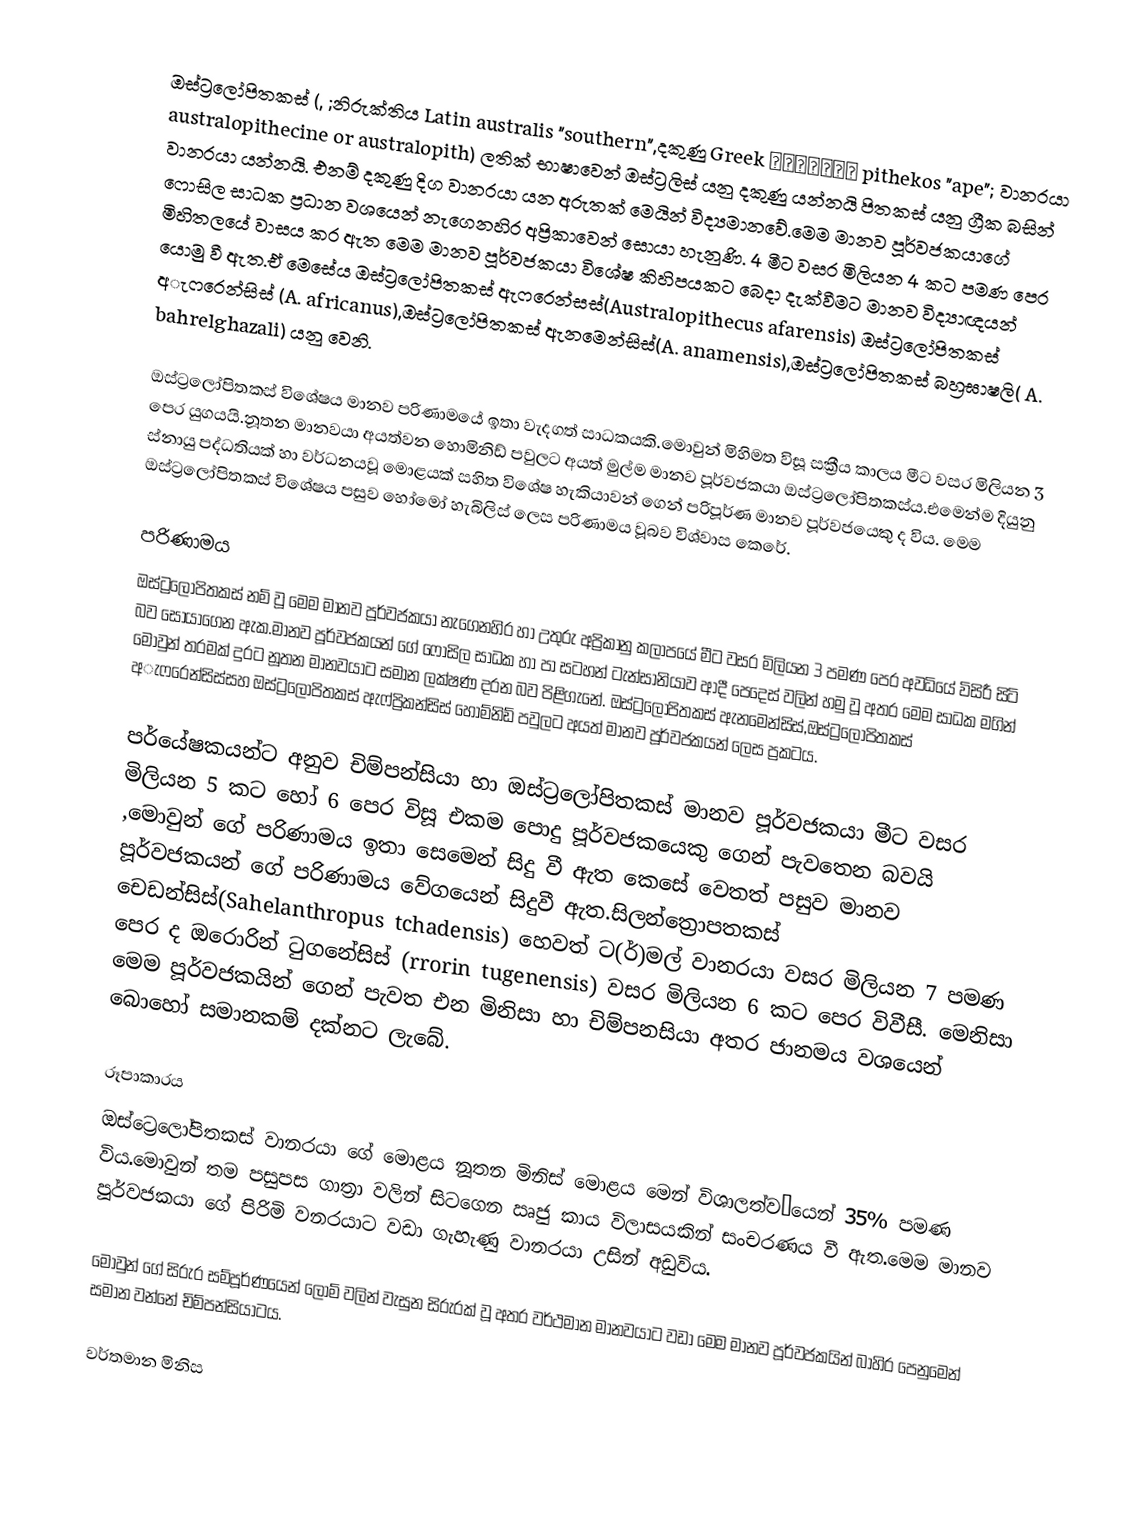
ඔස්ට්‍රලෝපිතකස්  (, ;නිරුක්තිය Latin australis "southern",දකුණු Greek πίθηκος pithekos "ape"; වානරයා australopithecine or australopith) ලතික් භාෂාවෙන් ඔස්ට්‍රලිස් යනු දකුණු යන්නයි  පිතකස් යනු ග්‍රීක බසින් වානරයා යන්නයි. එනම් දකුණු දිග වානරයා යන අරුතක් මෙයින් විද්‍යමානවේ.මෙම මානව පූර්වජකයාගේ ෆොසිල සාධක ප්‍රධාන වශයෙන් නැගෙනහිර අප්‍රිකාවෙන් සොයා හැනුණි. 4 මීට වසර මිලියන 4 කට පමණ පෙර මිහිතලයේ වාසය කර ඇත මෙම මානව පූර්වජකයා විශේෂ කිහිපයකට බෙදා දැක්වීමට මානව විද්‍යාඥයන් යොමු වී ඇත.ඒ මෙසේය ඔස්ට්‍රලෝපිතකස් ඇෆරෙන්සස්(Australopithecus afarensis) ඔස්ට්‍රලෝපිතකස්  අැෆරෙන්සිස් (A. africanus),ඔස්ට්‍රලෝපිතකස් ඇනමෙන්සිස්(A. anamensis),ඔස්ට්‍රලෝපිතකස් බහ්‍රඝාෂලි( A. bahrelghazali) යනු වෙනි.

ඔස්ට්‍රලෝපිතකස් විශේෂය මානව පරිණාමයේ ඉතා වැදගත් සාධකයකි.මොවුන් මිහිමත විසූ සක්‍රීය කාලය මීට වසර මිලියන 3 පෙර යුගයයි.නූතන මානවයා අයත්වන හොමිනිඩ් පවුලට අයත් මුල්ම මානව පූර්වජකයා ඔස්ට්‍රලෝපිතකස්ය.එමෙන්ම දියුනු ස්නායු පද්ධතියක් හා වර්ධනයවූ මොළයක් සහිත විශේෂ හැකියාවන් ගෙන් පරිපූර්ණ මානව පූර්වජයෙකු ද විය. මෙම ඔස්ට්‍රලෝපිතකස් විශේෂය පසුව හෝමෝ හැබිලිස් ලෙස පරිණාමය වූබව විශ්වාස කෙරේ.

 පරිණාමය
ඔස්ට්‍රලෝපිතකස් නම් වූ මෙම මානව පූර්වජකයා නැගෙනහිර හා උතුරු අප්‍රිකානු කලාපයේ මීට වසර මිලියන 3 පමණ පෙර අවධියේ විසිරී සිටි බව සොයාගෙන ඇක.මානව පූර්වජකයන් ගේ ෆොසිල සාධක හා පා සටහන් ටැන්සානියාව ආදී පෙදෙස් වලින් හමු වූ අතර මෙම සාධක මගින් මොවුන් තරමක් දුරට නූතන මානවයාට සමාන ලක්ෂණ දරන බව පිළිගැනේ. ඔස්ට්‍රලෝපිතකස් ඇනමෙන්සිස්,ඔස්ට්‍රලෝපිතකස්  අැෆරෙන්සිස්සහ  ඔස්ට්‍රලෝපිතකස්  ඇෆ්ප්‍රිකන්සිස් හොම්නිඩ් පවුලට අයත් මානව පූර්වජකයන් ලෙස ප්‍රකටය.

පර්යේෂකයන්ට අනුව චිම්පන්සියා හා ඔස්ට්‍රලෝපිතකස්  මානව පූර්වජකයා  මීට වසර මිලියන 5 කට හෝ 6 පෙර  විසූ එකම පොදු පූර්වජකයෙකු ගෙන් පැවතෙන බවයි ,මොවුන් ගේ පරිණාමය ඉතා සෙමෙන් සිදු වී ඇත  කෙසේ වෙතත් පසුව මානව පූර්වජකයන් ගේ පරිණාමය වේගයෙන් සිදුවී ඇත.සිලන්ත්‍රොපතකස් චෙඩන්සිස්(Sahelanthropus tchadensis) හෙවත් ට(ර්)මල්  වානරයා වසර මිලියන 7 පමණ පෙර ද ඔරොරින් ටුගනේසිස් (rrorin tugenensis) වසර මිලියන 6 කට පෙර විවීසී.   මෙනිසා මෙම පූර්වජකයින් ගෙන් පැවත එන මිනිසා හා චිම්පනසියා අතර ජානමය වශයෙන් බොහෝ සමානකම් දක්නට ලැබේ.

 රූපාකාරය
ඔස්ට්‍රෙලෝපිතකස් වානරයා ගේ මොළය නූතන මිනිස් මොළය මෙන් විශාලත්ව🙂යෙන් 35% පමණ විය.මොවුන් තම පසුපස ගාත්‍රා වලින් සිටගෙන ඍජු කාය විලාසයකින් සංචරණය වී ඇත.මෙම මානව පූර්වජකයා ගේ පිරිමි වනරයාට වඩා ගැහැණු වානරයා උසින් අඩුවිය.

මොවුන් ගේ සිරුර සම්පූර්ණයෙන් ලොම් වලින් වැසුන සිරුරක් වූ අතර වර්ථමාන මානවයාට වඩා මෙම මානව පූර්වජකයින් බාහිර පෙනුමෙන් සමාන වන්නේ චිම්පන්සියාටය.

වර්තමාන මිනිස